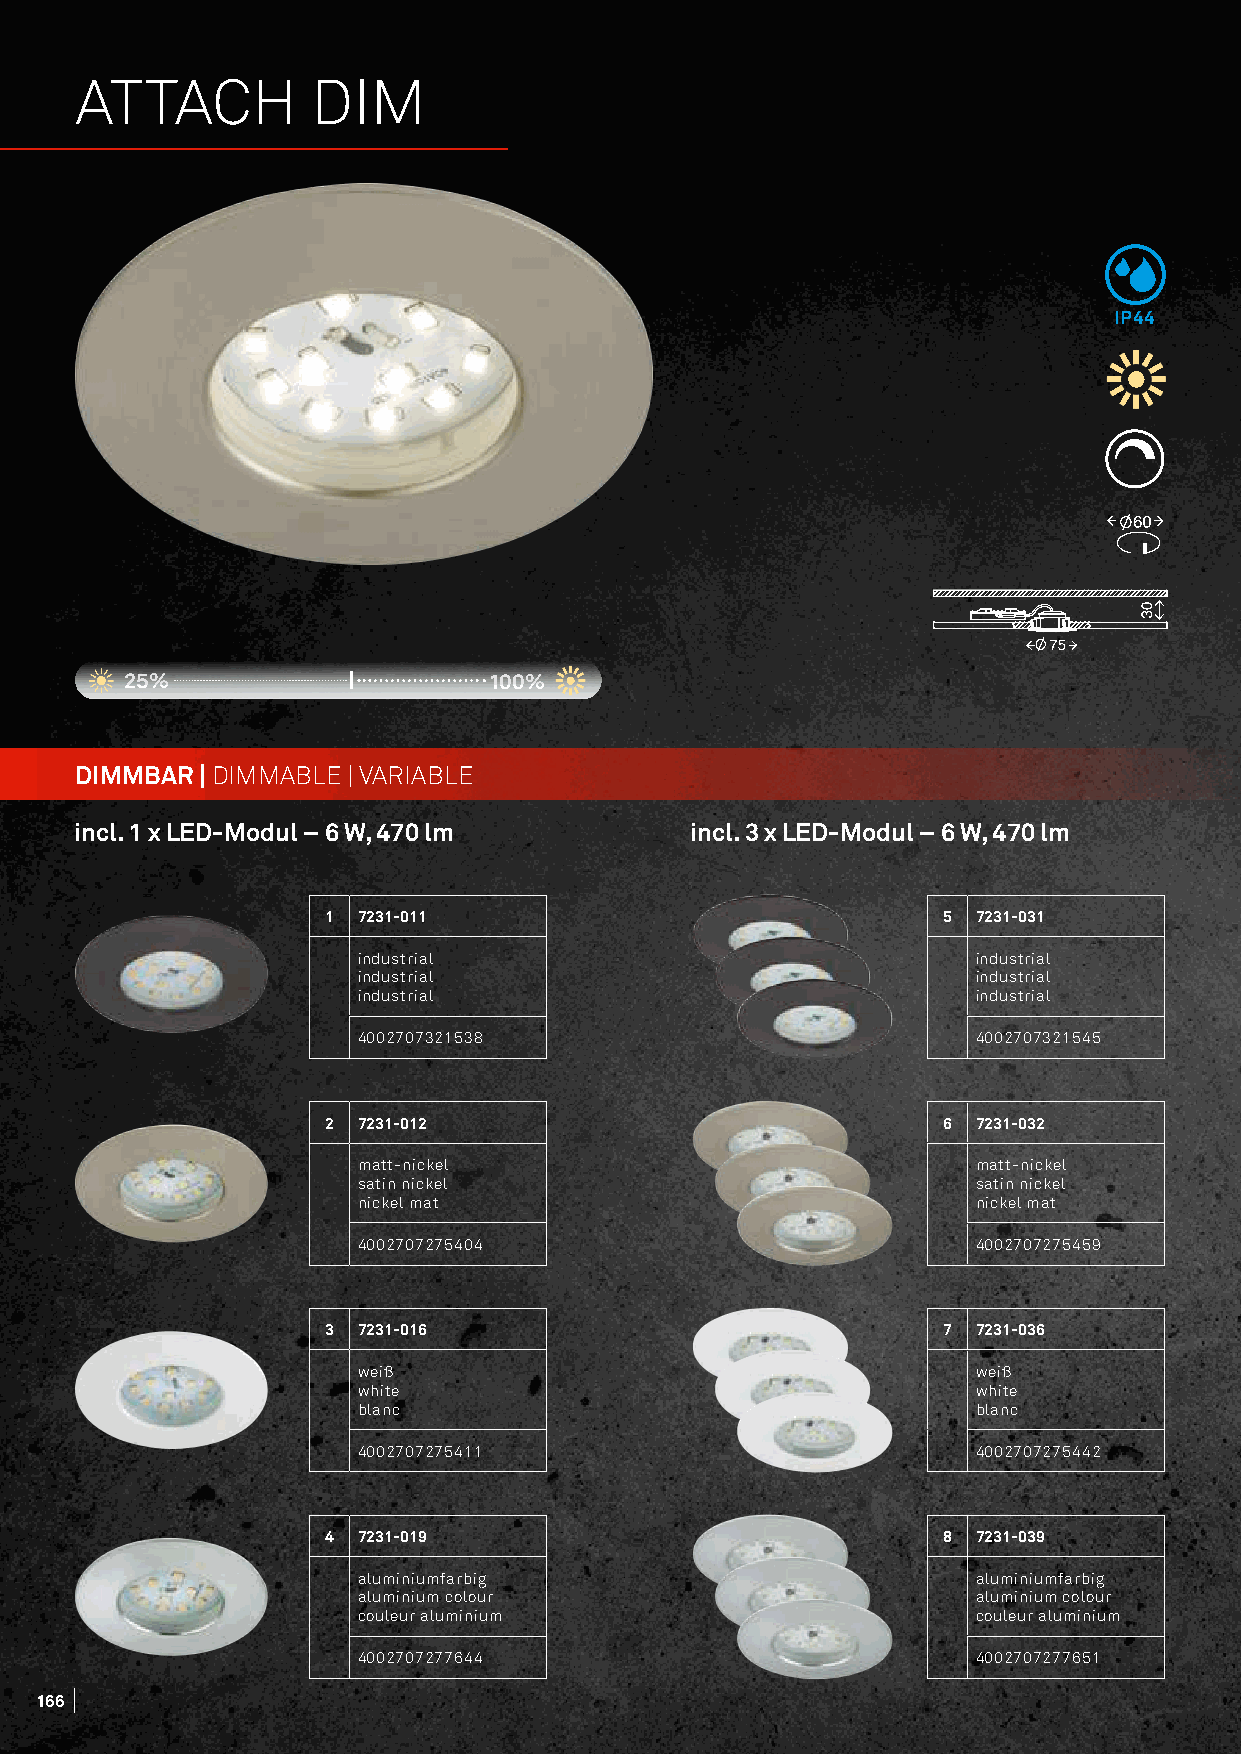
ATTACH          DIM
 IP44
 25%                     100%
 DIMMBAR | DIMMABLE | VARIABLE
 incl. 1 x LED-Modul – 6 W, 470 lm        incl. 3 x LED-Modul – 6 W, 470 lm
 1 7231-011                              5  7231-031
 industrial                               industrial
 industrial                               industrial
 industrial                               industrial
 4002707321538                            4002707321545
 2 7231-012                              6  7231-032
 matt-nickel                              matt-nickel
 satin nickel                             satin nickel
 nickel mat                               nickel mat
 4002707275404                            4002707275459
 3 7231-016                              7  7231-036
 weiß                                     weiß
 white                                    white
 blanc                                    blanc
 4002707275411                            4002707275442
 4 7231-019                              8  7231-039
 aluminiumfarbig                          aluminiumfarbig
 aluminium colour                         aluminium colour
 couleur aluminium                        couleur aluminium
 4002707277644                            4002707277651
 166